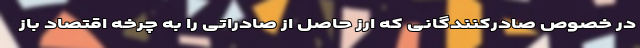
در خصوص صادرکنندگانی که ارز حاصل از صادراتی را به چرخه اقتصاد باز